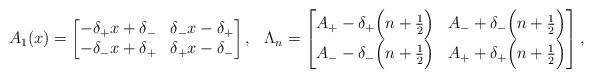
LaTeX: \begin{align*}A_1(x)&=\begin{bmatrix}-\delta_+x+\delta_- & \delta_-x-\delta_+\\-\delta_-x+\delta_+ & \delta_+x-\delta_-\end{bmatrix},&\Lambda_n&=\begin{bmatrix}A_+-\delta_+\Big(n+\frac{1}{2}\Big) &A_-+\delta_-\Big(n+\frac{1}{2}\Big)\\A_--\delta_-\Big(n+\frac{1}{2}\Big) & A_++\delta_+\Big(n+\frac{1}{2}\Big)\end{bmatrix},\end{align*}